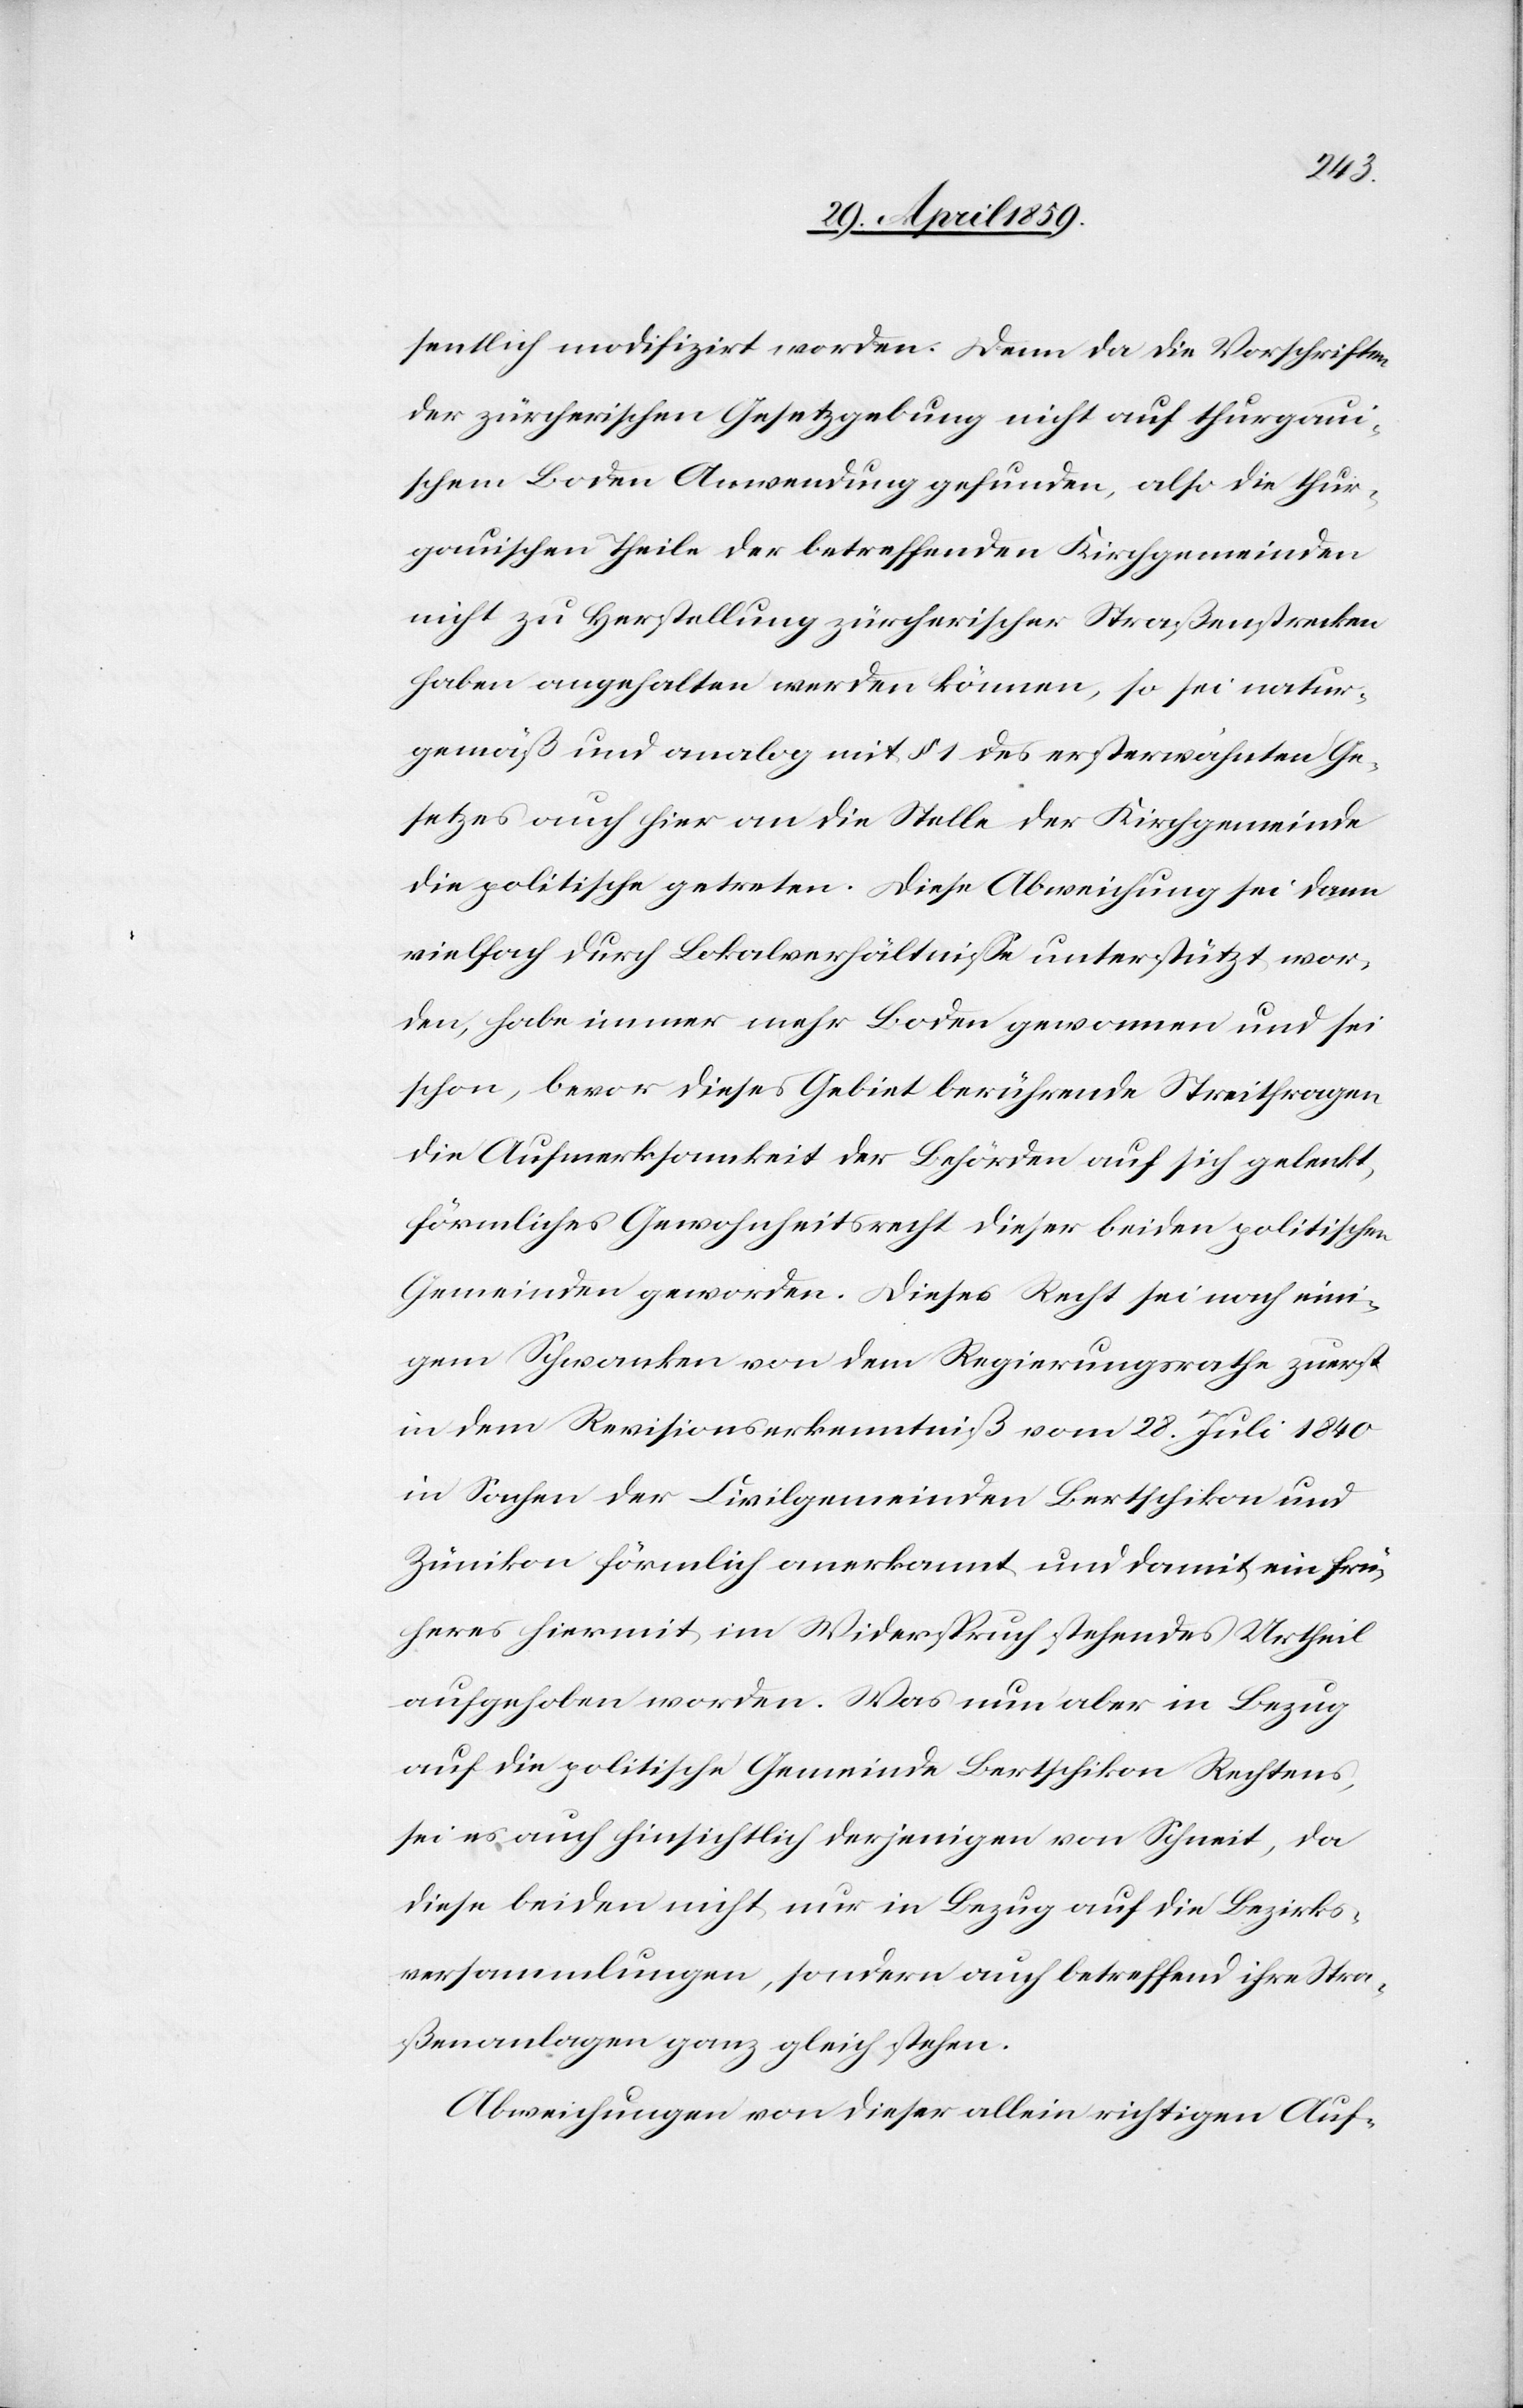
sentlich modifizirt worden. Denn da die Vorschriften
der zürcherischen Gesetzgebung nicht auf thurgaui¬
schem Boden Anwendung gefunden, also die thur¬
gauischen Theile der betreffenden Kirchgemeinden
nicht zu Herstellung zürcherischer Straßenstrecken
haben angehalten werden können, so sei natur¬
gemäß und analog mit § 1 des ersterwähnten Ge¬
setzes auch hier an die Stelle der Kirchgemeinde
die politische getreten. Diese Abweichung sei dann
vielfach durch Lokalverhältniße unterstützt wor¬
den, habe immer mehr Boden gewonnen und sei
schon, bevor dieses Gebiet berührende Streitfragen
die Aufmerksamkeit der Behörden auf sich gelenkt,
förmliches Gewohnheitsrecht dieser beiden politischen
Gemeinden geworden. Dieses Recht sei nach eini¬
gem Schwanken von dem Regierungsrathe zuerst
in dem Revisionserkenntniß vom 28. Juli 1840
in Sachen der Civilgemeinden Bertschikon und
Zünikon förmlich anerkannt und damit ein frü¬
heres hiermit im Widerspruch stehendes Urtheil
aufgehoben worden. Was nun aber in Bezug
auf die politische Gemeinde Bertschikon Rechtens,
sei es auch hinsichtlich derjenigen von Schneit, da
diese beiden nicht nur in Bezug auf die Bezirks¬
versammlungen, sondern auch betreffend ihre Stra¬
ßenanlagen ganz gleich stehen.
Abweichungen von dieser allein richtigen Auf-